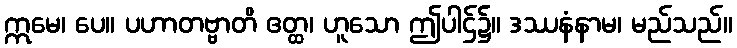
ဣမေ၊ ပေ။ ပဟာတဗ္ဗာတိ ဧတ္ထ၊ ဟူသော ဤပါဌ်၌။ ဒဿနံနာမ၊ မည်သည်။